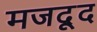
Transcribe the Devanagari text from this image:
मजदूद